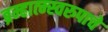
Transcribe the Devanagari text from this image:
ब्रम्हात्म्स्वरुपाचे